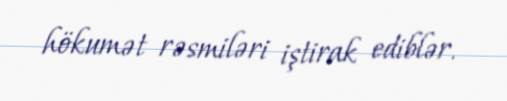
hökumət rəsmiləri iştirak ediblər.